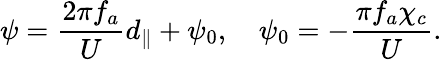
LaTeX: \psi=\frac{2\pi f_{a}}{U}d_{\parallel}+\psi_{0},\quad\psi_{0}=-\frac{\pi f_{a}\chi_{c}}{U}.